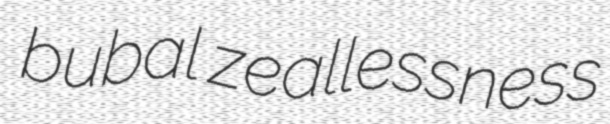
bubal zeallessness